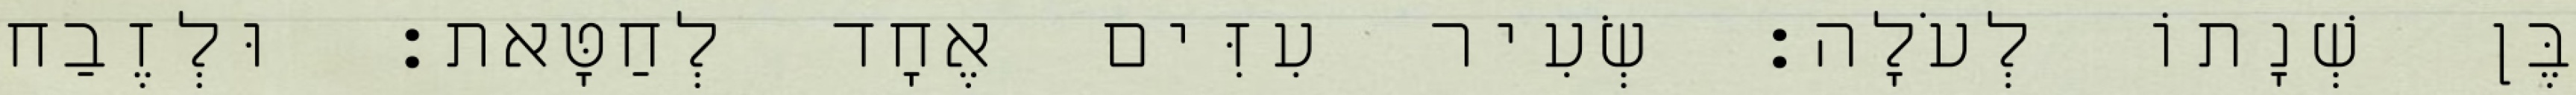
בֶּן שְׁנָתוֹ לְעֹלָה׃ שְׂעִיר עִזִּים אֶחָד לְחַטָּאת׃ וּלְזֶבַח